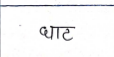
मजकूर: घाट